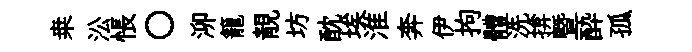
桒㳂悵〇泖籠靚坊酖埃淮奔伊拘體洗揜曁酔孤